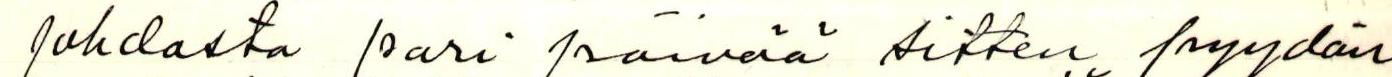
johdosta pari päivää sitten pyydän